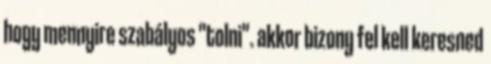
hogy mennyire szabályos "tolni". akkor bizony fel kell keresned